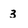
Character: 3